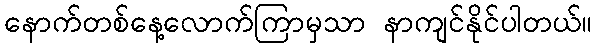
နောက်တစ်နေ့လောက်ကြာမှသာ နာကျင်နိုင်ပါတယ်။